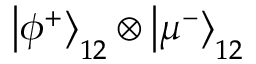
\left| \phi ^ { + } \right\rangle _ { 1 2 } \otimes \left| \mu ^ { - } \right\rangle _ { 1 2 }